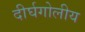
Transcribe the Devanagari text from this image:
दीर्घगोलीय